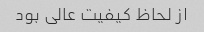
از لحاظ کیفیت عالی بود